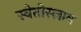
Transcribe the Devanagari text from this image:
स्वेतोस्लाव